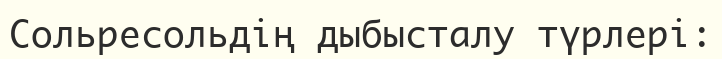
Сольресольдің дыбысталу түрлері: